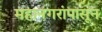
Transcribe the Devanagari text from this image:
महानगरांपासून